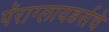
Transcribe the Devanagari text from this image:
पॅराग्लायडर्सचे